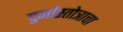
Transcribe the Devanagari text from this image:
दुर्गास्तोत्राचा